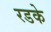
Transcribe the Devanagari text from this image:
रडके